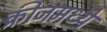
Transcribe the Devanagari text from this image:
क्रीजमध्ये